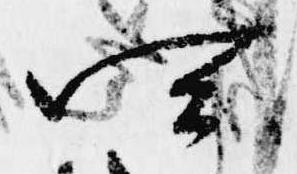
四